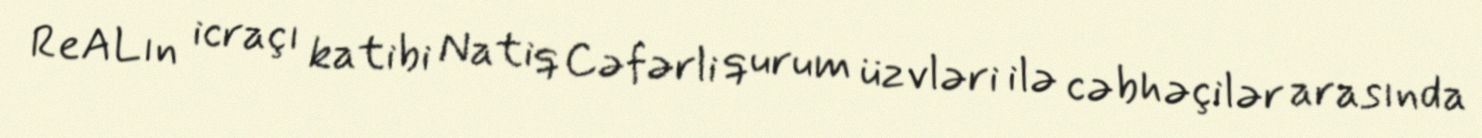
ReALın icraçı katibi Natiq Cəfərli qurum üzvləri ilə cəbhəçilər arasında